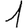
Digit: 1